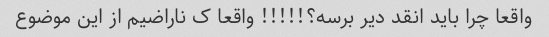
واقعا چرا باید انقد دیر برسه؟!!!!! واقعا ک ناراضیم از این موضوع